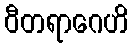
ဝီတရာဂေဟိ